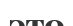
это